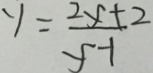
y = \frac { 2 y + 2 } { y - 1 }